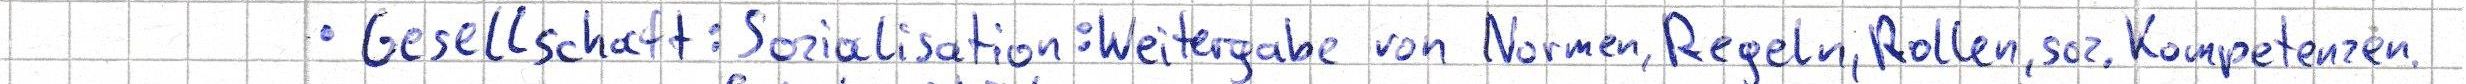
Gesellschaft: Sozialisation: Weitergabe von Normen, Regeln, Rollen, soz. Kompetenzen